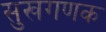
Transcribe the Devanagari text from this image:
सुखगणक